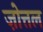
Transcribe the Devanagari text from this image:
ज़ोत्तल